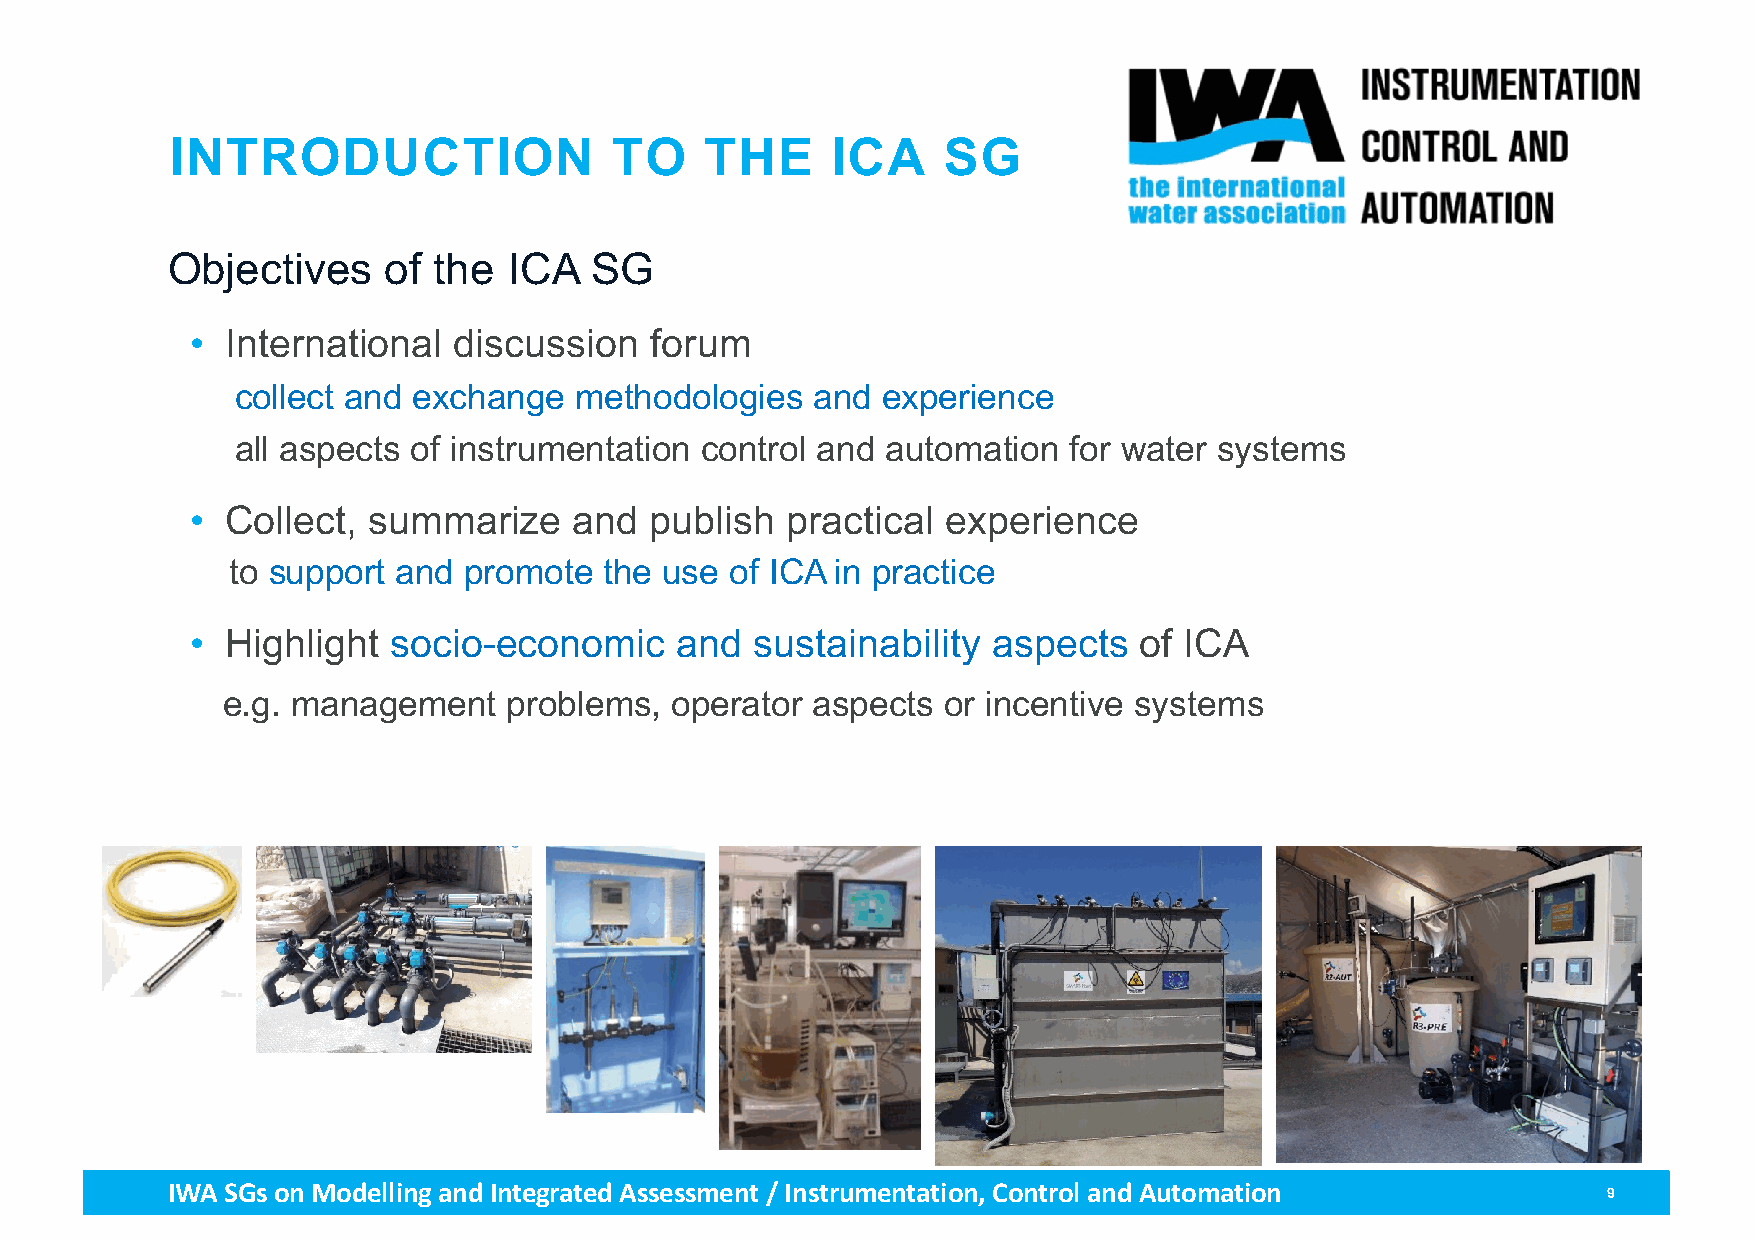
INTRODUCTION                 TO     THE     ICA    SG
 Objectives     of the  ICA  SG
 • International  discussion   forum
 collect and exchange  methodologies   and experience
 all aspects of instrumentation control and automation  for water systems
 • Collect, summarize     and  publish  practical  experience
 to support and  promote  the use of ICA in practice
 • Highlight  socio-economic     and  sustainability  aspects  of ICA
 e.g. management    problems, operator  aspects  or incentive systems
 IWA SGs on Modellingand Integrated Assessment / Instrumentation, Control and Automation        9